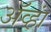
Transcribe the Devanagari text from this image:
ॲव्हां